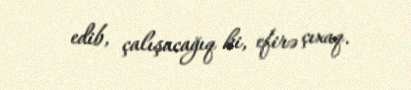
edib, çalışacağıq ki, efirə çıxaq.